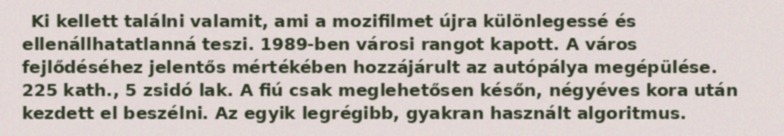
Ki kellett találni valamit, ami a mozifilmet újra különlegessé és ellenállhatatlanná teszi. 1989-ben városi rangot kapott. A város fejlődéséhez jelentős mértékében hozzájárult az autópálya megépülése. 225 kath., 5 zsidó lak. A fiú csak meglehetősen későn, négyéves kora után kezdett el beszélni. Az egyik legrégibb, gyakran használt algoritmus.